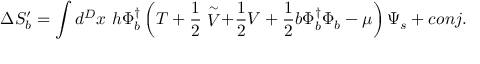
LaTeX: \Delta S _ { b } ^ { \prime } = \int d ^ { D } x ~ h \Phi _ { b } ^ { \dagger } \left( T + \frac { 1 } { 2 } \stackrel { \sim } { V } + \frac { 1 } { 2 } V + \frac { 1 } { 2 } b \Phi _ { b } ^ { \dagger } \Phi _ { b } - \mu \right) \Psi _ { s } + c o n j .